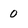
Character: 0